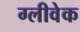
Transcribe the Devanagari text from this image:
ग्लीवेक